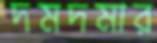
দমদমার